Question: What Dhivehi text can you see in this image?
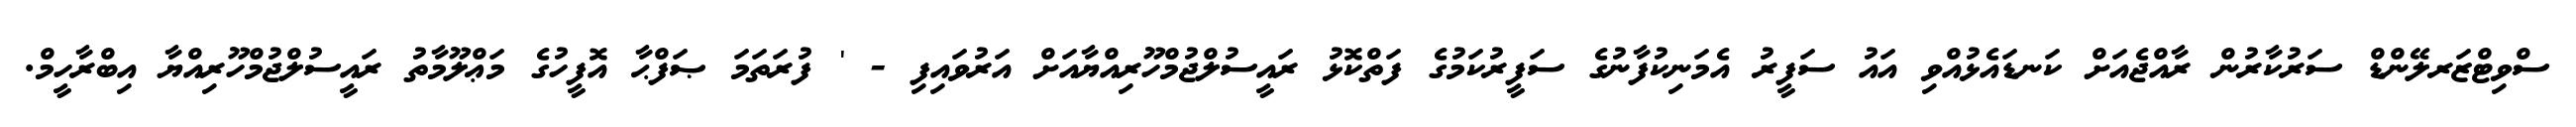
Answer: ސްވިޓްޒަރލޭންޑް ސަރުކާރުން ރާއްޖެއަށް ކަނޑައެޅުއްވި އައު ސަފީރު އެމަނިކުފާނުގެ ސަފީރުކަމުގެ ފަތްކޮޅު ރައީސުލްޖުމްހޫރިއްޔާއަށް އަރުވައިފި - ' ފުރަތަމަ ޞަފްޙާ އޮފީހުގެ މަޢްލޫމާތު ރައީސުލްޖުމްހޫރިއްޔާ އިބްރާހީމް.